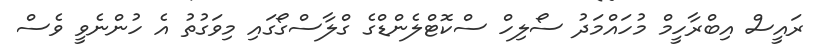
ރައީސް އިބްރާހީމް މުހައްމަދު ސޯލިހް ސްކޮޓްލެންޑްގެ ގްލާސްގޯގައި މިވަގުތު އެ ހުންނެވީ ވެސް